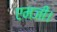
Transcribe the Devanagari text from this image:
एमजी।